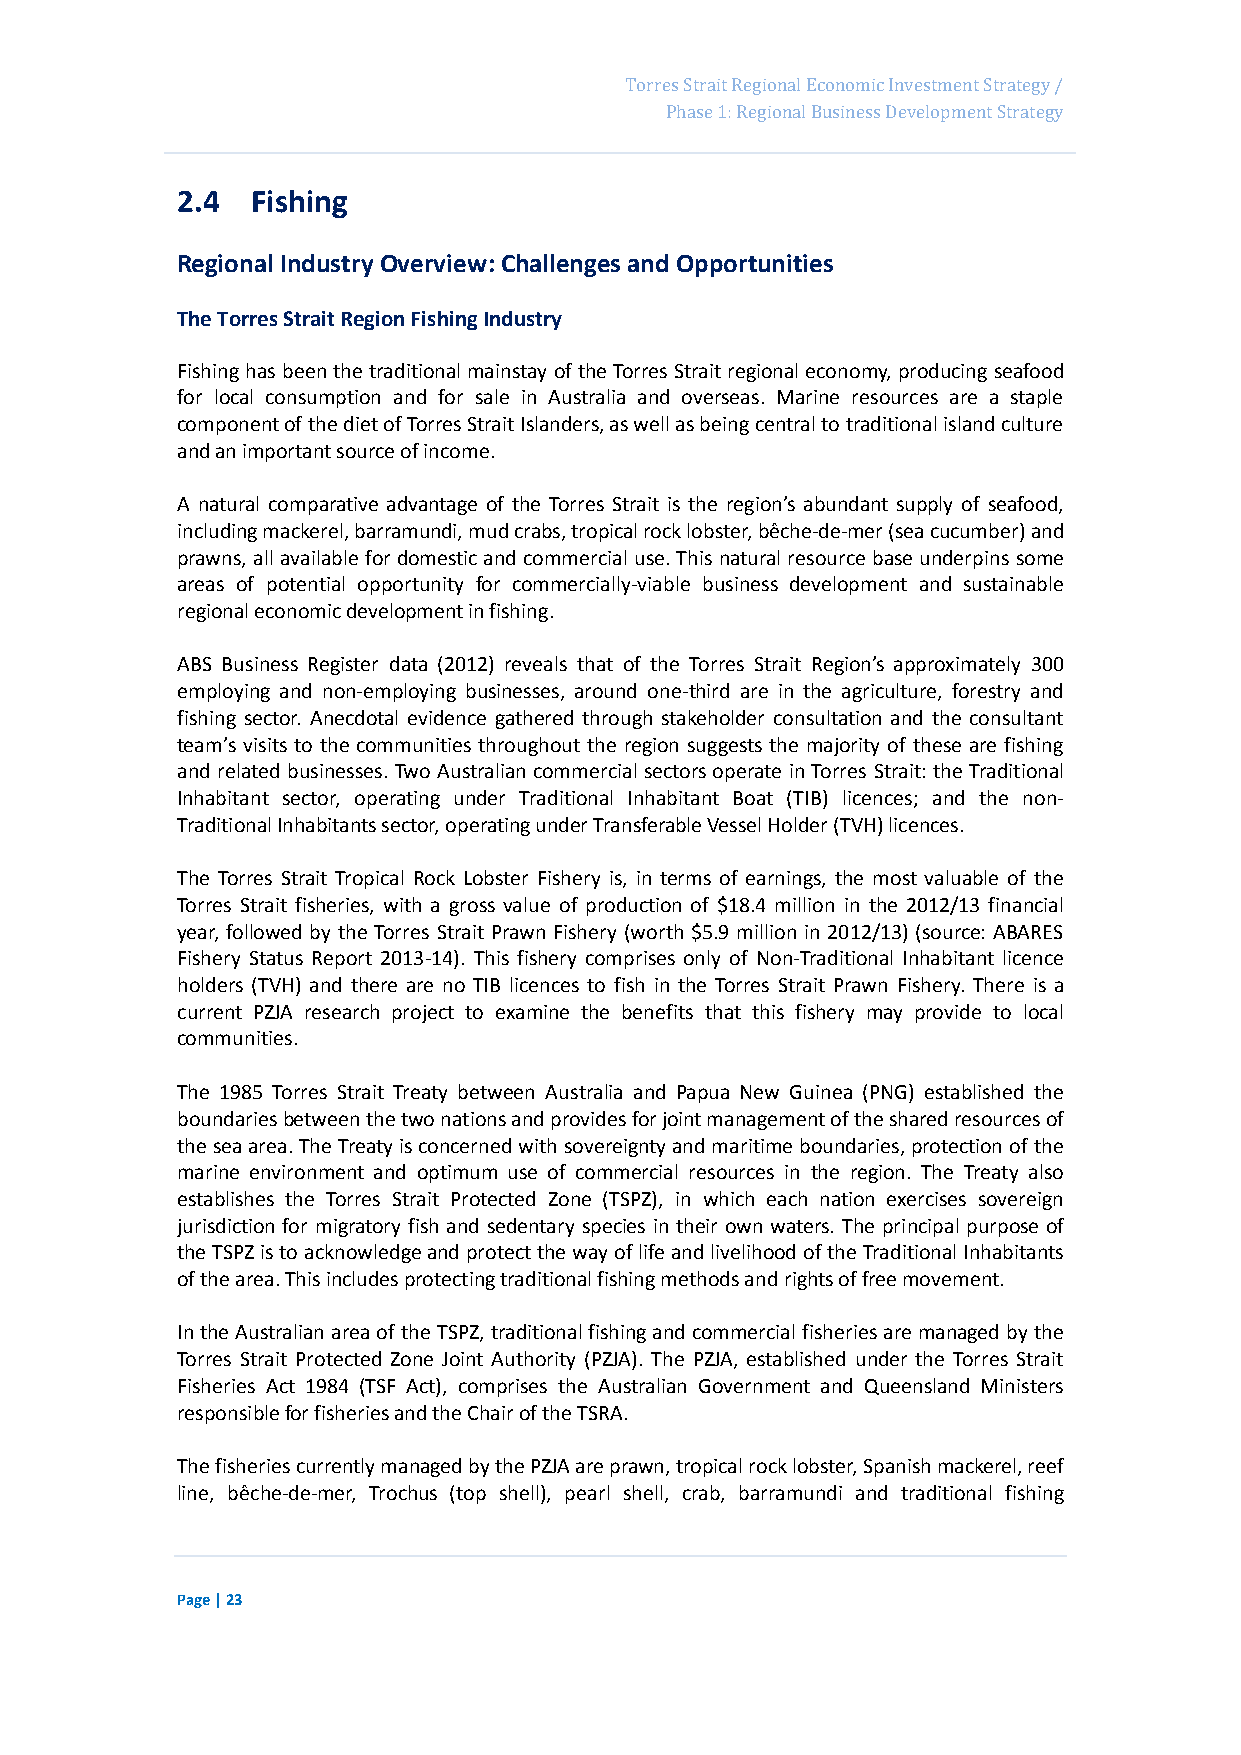
Page 39
 Torres Strait Regional Economic Investment Strategy /
 Phase 1: Regional Business Development Strategy
 2.4  Fishing
 Regional Industry Overview: Challenges and Opportunities
 The Torres Strait Region Fishing Industry
 Fishing has been the traditional mainstay of the Torres Strait regional economy, producing seafood
 for local consumption and for sale in Australia and overseas. Marine resources are a staple
 component of the diet of Torres Strait Islanders, as well as being central to traditional island culture
 and an important source of income.
 A natural comparative advantage of the Torres Strait is the region’s abundant supply of seafood,
 including mackerel, barramundi, mud crabs, tropical rock lobster, bêche-de-mer (sea cucumber) and
 prawns, all available for domestic and commercial use. This natural resource base underpins some
 areas of potential opportunity for commercially-viable business development and sustainable
 regional economic development in fishing.
 ABS Business Register data (2012) reveals that of the Torres Strait Region’s approximately 300
 employing and non-employing businesses, around one-third are in the agriculture, forestry and
 fishing sector. Anecdotal evidence gathered through stakeholder consultation and the consultant
 team’s visits to the communities throughout the region suggests the majority of these are fishing
 and related businesses. Two Australian commercial sectors operate in Torres Strait: the Traditional
 Inhabitant sector, operating under Traditional Inhabitant Boat (TIB) licences; and the non-
 Traditional Inhabitants sector, operating under Transferable Vessel Holder (TVH) licences.
 The Torres Strait Tropical Rock Lobster Fishery is, in terms of earnings, the most valuable of the
 Torres Strait fisheries, with a gross value of production of $18.4 million in the 2012/13 financial
 year, followed by the Torres Strait Prawn Fishery (worth $5.9 million in 2012/13) (source: ABARES
 Fishery Status Report 2013-14). This fishery comprises only of Non-Traditional Inhabitant licence
 holders (TVH) and there are no TIB licences to fish in the Torres Strait Prawn Fishery. There is a
 current PZJA research project to examine the benefits that this fishery may provide to local
 communities.
 The 1985 Torres Strait Treaty between Australia and Papua New Guinea (PNG) established the
 boundaries between the two nations and provides for joint management of the shared resources of
 the sea area. The Treaty is concerned with sovereignty and maritime boundaries, protection of the
 marine environment and optimum use of commercial resources in the region. The Treaty also
 establishes the Torres Strait Protected Zone (TSPZ), in which each nation exercises sovereign
 jurisdiction for migratory fish and sedentary species in their own waters. The principal purpose of
 the TSPZ is to acknowledge and protect the way of life and livelihood of the Traditional Inhabitants
 of the area. This includes protecting traditional fishing methods and rights of free movement.
 In the Australian area of the TSPZ, traditional fishing and commercial fisheries are managed by the
 Torres Strait Protected Zone Joint Authority (PZJA). The PZJA, established under the Torres Strait
 Fisheries Act 1984 (TSF Act), comprises the Australian Government and Queensland Ministers
 responsible for fisheries and the Chair of the TSRA.
 The fisheries currently managed by the PZJA are prawn, tropical rock lobster, Spanish mackerel, reef
 line, bêche-de-mer, Trochus (top shell), pearl shell, crab, barramundi and traditional fishing
 Page | 23